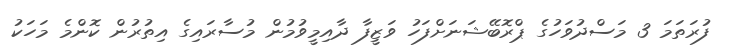
ފުރަތަމަ 3 މަސްދުވަހުގެ ޕްރޮބޭޝަނަށްފަހު ވަޒީފާ ދާއިމީވުމުން މުސާރައިގެ އިތުރުން ކޮންމެ މަހަކު